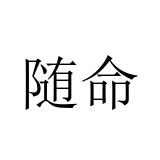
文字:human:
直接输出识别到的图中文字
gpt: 随命